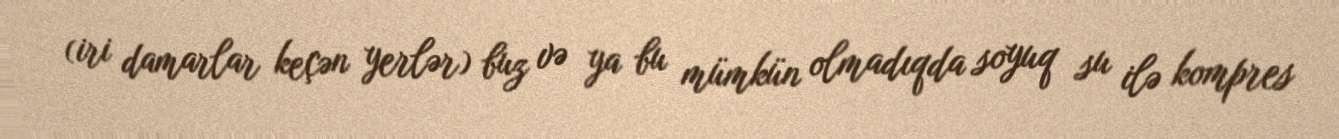
(iri damarlar keçən yerlər) buz və ya bu mümkün olmadıqda soyuq su ilə kompres